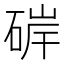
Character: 硸